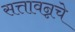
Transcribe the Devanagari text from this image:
सत्तावन्नचे